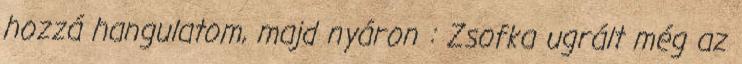
hozzá hangulatom, majd nyáron : Zsofka ugrált még az